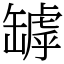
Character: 罅